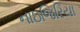
નાઇજિરિયા